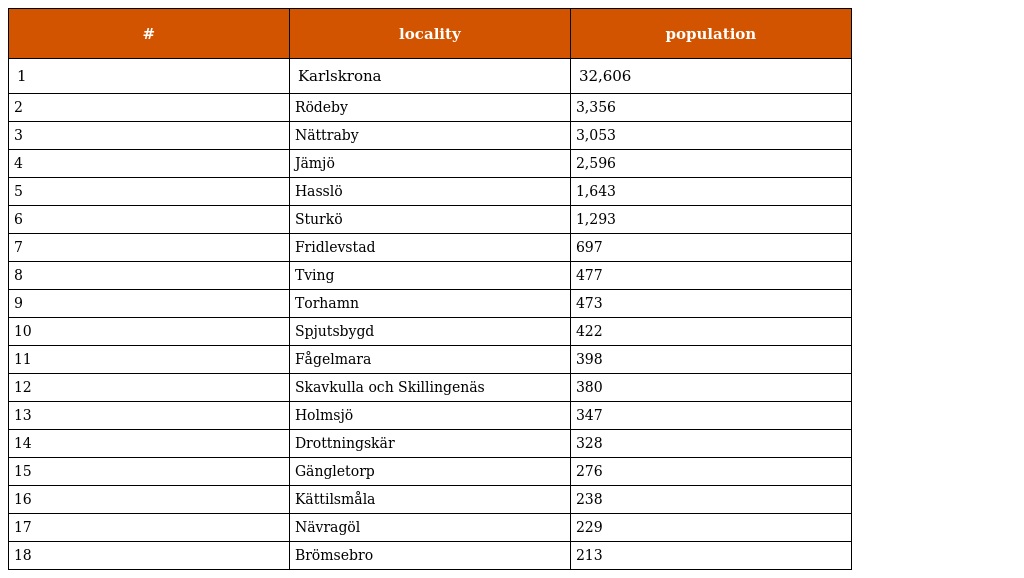
| # | locality | population |
 | --- | --- | --- |
 | 1 | Karlskrona | 32,606 |
 | 2 | Rödeby | 3,356 |
 | 3 | Nättraby | 3,053 |
 | 4 | Jämjö | 2,596 |
 | 5 | Hasslö | 1,643 |
 | 6 | Sturkö | 1,293 |
 | 7 | Fridlevstad | 697 |
 | 8 | Tving | 477 |
 | 9 | Torhamn | 473 |
 | 10 | Spjutsbygd | 422 |
 | 11 | Fågelmara | 398 |
 | 12 | Skavkulla och Skillingenäs | 380 |
 | 13 | Holmsjö | 347 |
 | 14 | Drottningskär | 328 |
 | 15 | Gängletorp | 276 |
 | 16 | Kättilsmåla | 238 |
 | 17 | Nävragöl | 229 |
 | 18 | Brömsebro | 213 |